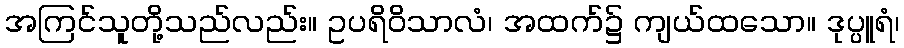
အကြင်သူတို့သည်လည်း။ ဥပရိဝိသာလံ၊ အထက်၌ ကျယ်ထသော။ ဒုပ္ပူရံ၊